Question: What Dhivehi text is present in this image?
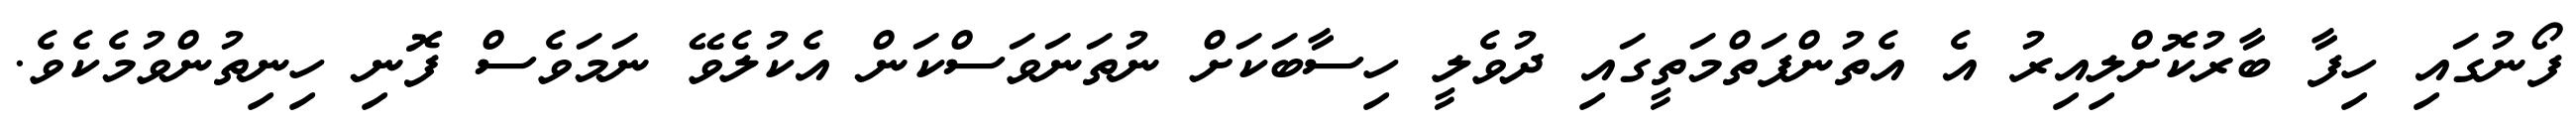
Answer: ފޯނުގައި ހިފާ ބާރުކޮށްލިއިރު އެ އެތުންފަތްމަތީގައި ދުވެލީ ހިސާބަކަށް ނުތަނަވަސްކަން އެކުލެވޭ ނަމަވެސް ފޮނި ހިނިތުންވުމެކެވެ.